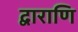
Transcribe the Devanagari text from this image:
द्वाराणि